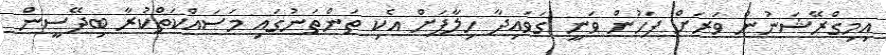
އިމިގްރޭޝަނުން ވަރަށް ފަހުން ވަނީ ގަވައިދާ ހިލާފަށް އެކި ތަންތަނުގައި މަސައްކަތްކުރާ ބިދޭސީން